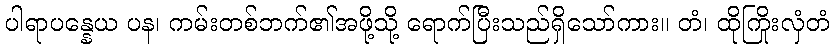
ပါရာပန္နေယ ပန၊ ကမ်းတစ်ဘက်၏အဖို့သို့ ရောက်ပြီးသည်ရှိသော်ကား။ တံ၊ ထိုကြိုးလှံတံ